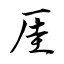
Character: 厓